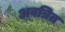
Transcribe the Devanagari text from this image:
अवत्रित